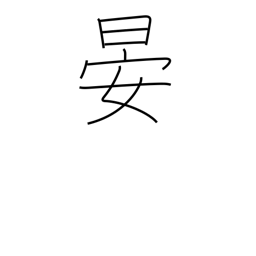
Meaning: sets (sun)